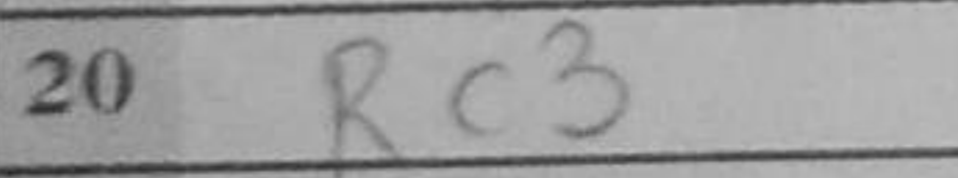
Transcription: Rc3